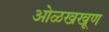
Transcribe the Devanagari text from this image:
ओळखखूण